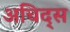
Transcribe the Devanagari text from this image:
अचिद्स